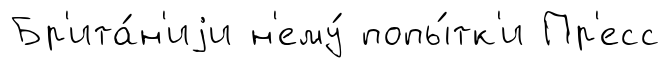
Бр'ита́н'иjи н'ему́ попы́тк'и Пр'есс